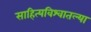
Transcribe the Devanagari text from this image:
साहित्यविश्वातल्या